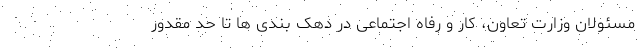
مسئولان وزارت تعاون، کار و رفاه اجتماعی در دهک بندی ها تا حد مقدور